Trukikaitis_Postimees, lk 247
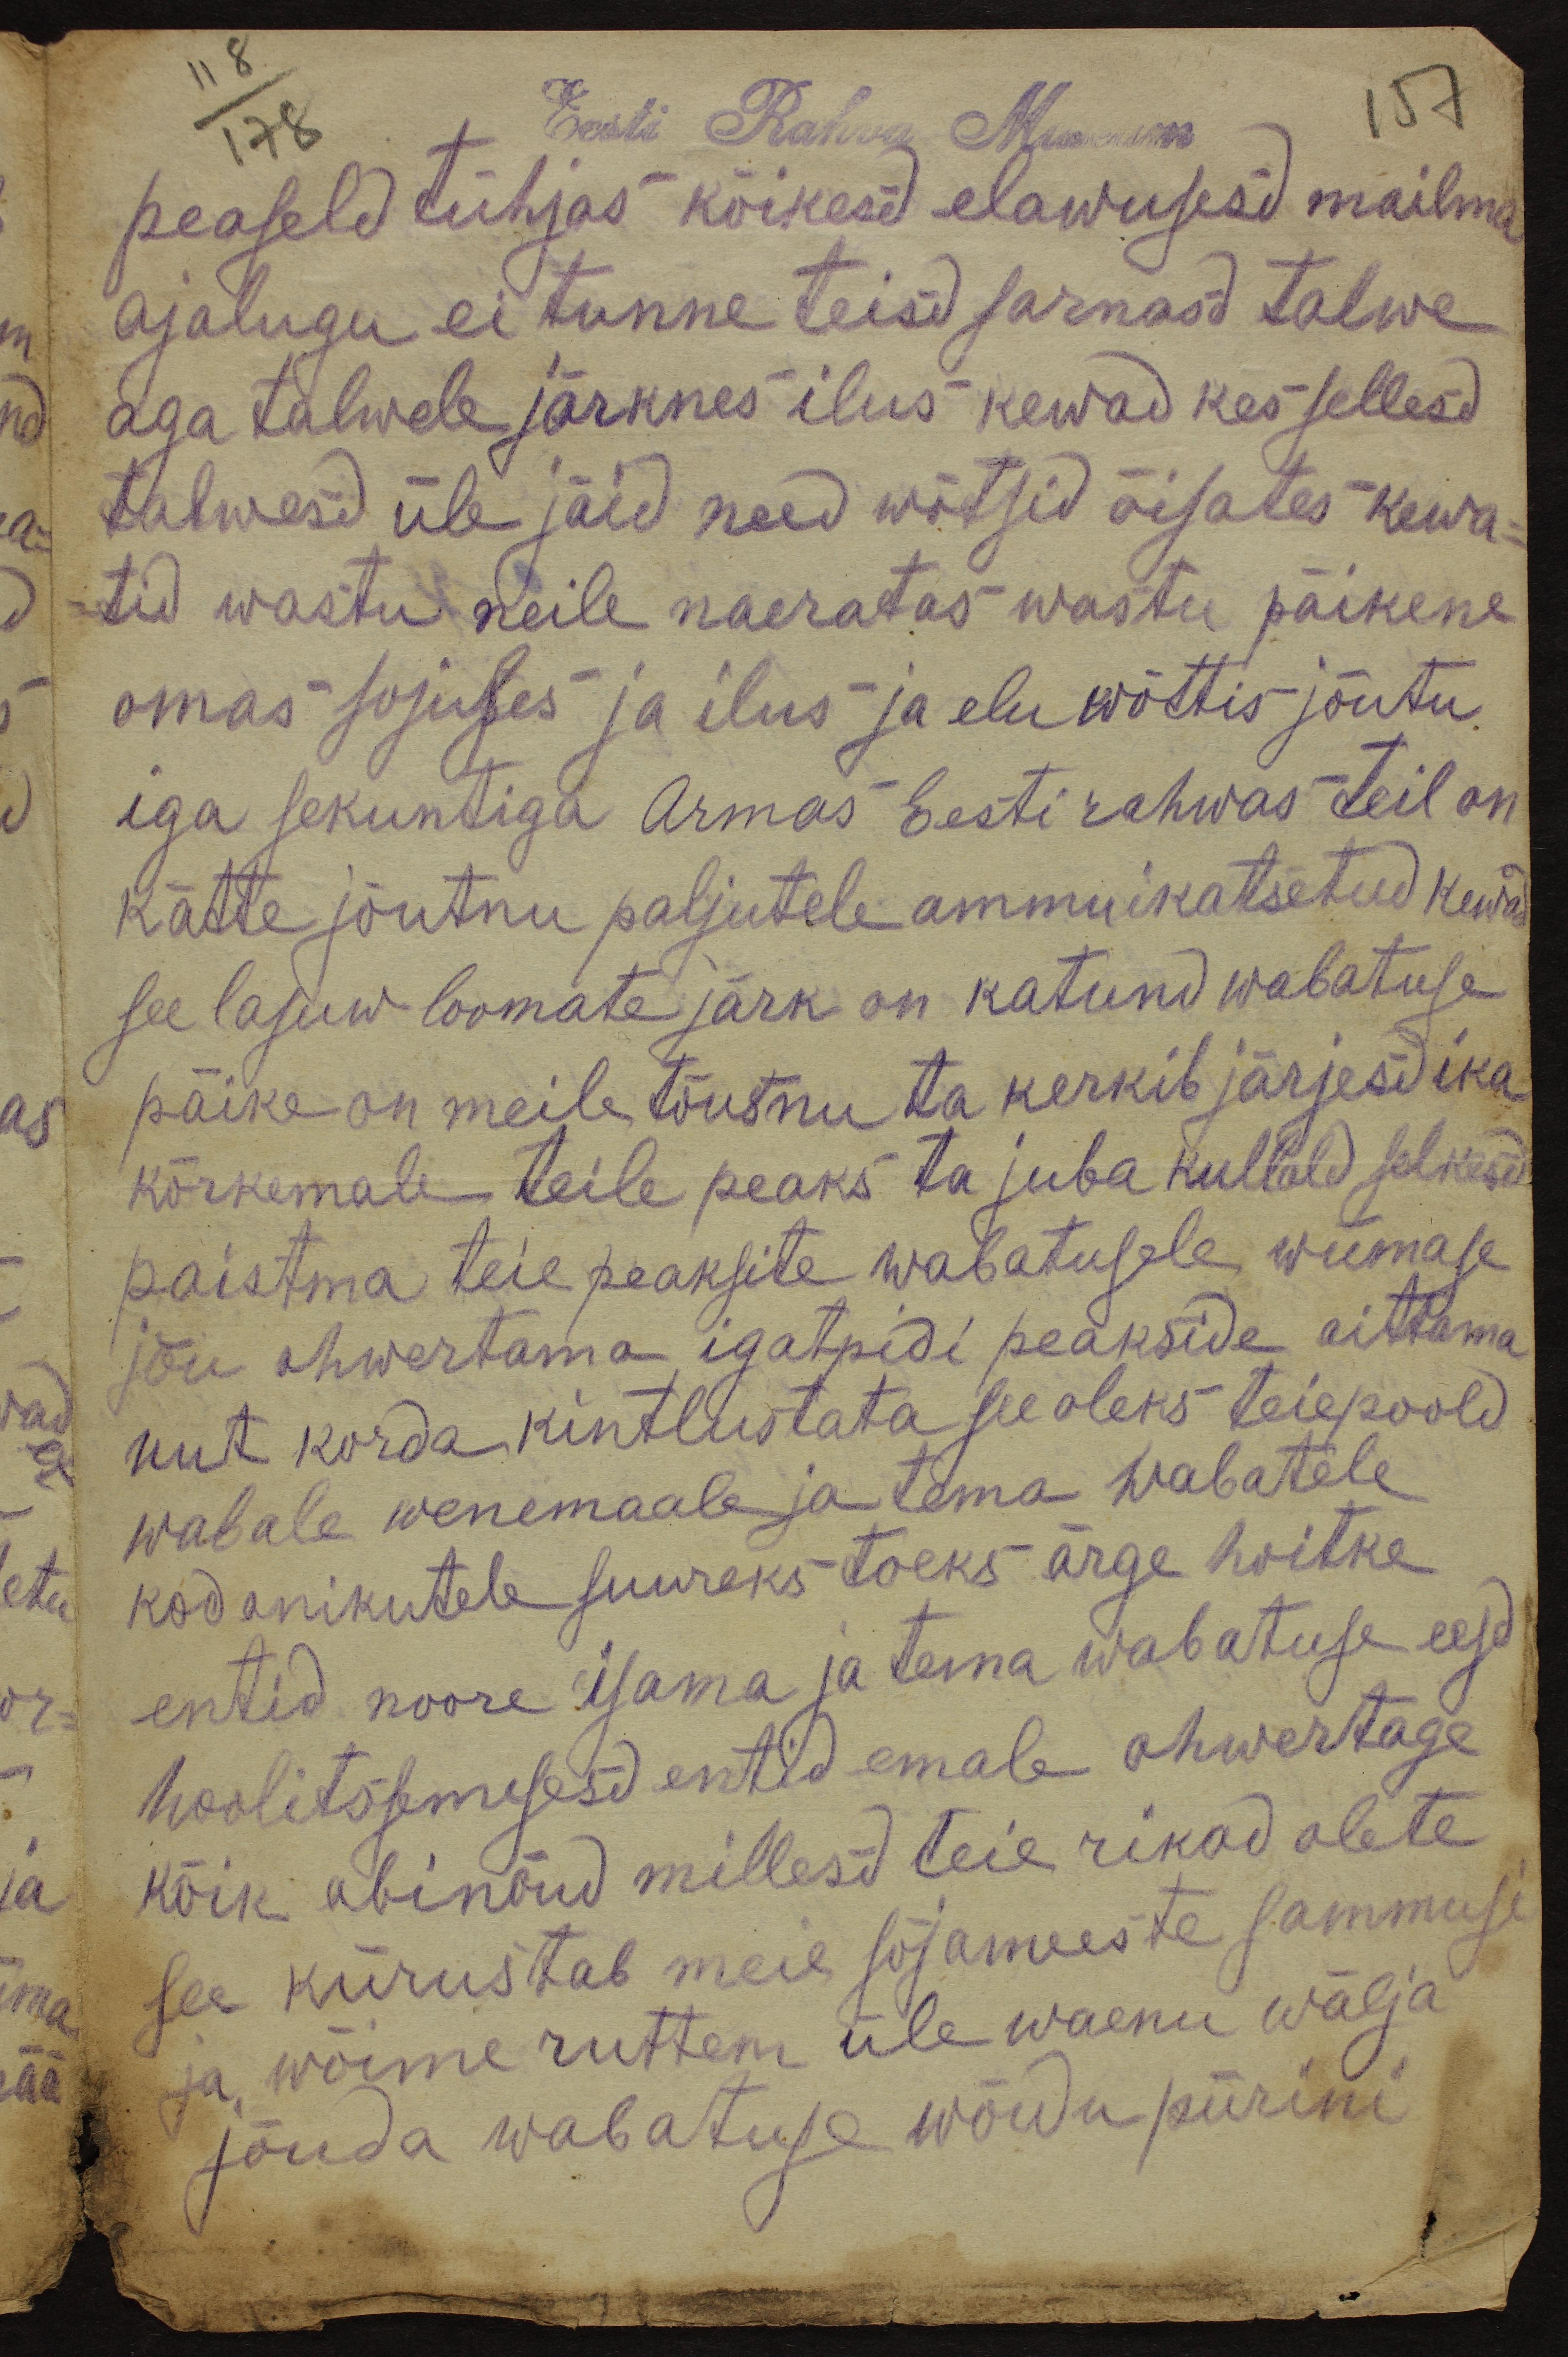
Eesti Rahva Museum
peaseld tühjas kõikesd elawusesd mailma
ajalugu ei tunne teisd sarnasd talwe
aga talwele järknes ilus kewad kes sellesd
talwesd üle jäid need wõtsid õisates kewa-
tid wastu neile naeratas wastu päikene
omas sojuses ja ilus ja elu wõttis jõutu
iga sekuntiga Armas Eesti rahwas teil on
kätte jõutnu paljutele ammuikatsetud kewad
see lasuw loomate järk on katund wabatuse
päike on meile tõusnu ta kerkib järjesd ika
kõrkemale teile peaks ta juba kullald selkesd
paistma teie peaksite wabatusele wiimase
jõu ohwertama igatpidi peakside aittama
uut korda kintlustata see oleks teiepoold
wabale wenemaale ja tema wabatele
kodanikutele suureks toeks ärge hoitke
entid noore isama ja tema wabatuse eest
hoolitssemisesd entid emale ohwertage
kõik abinõud millesd teie rikad olete
see kiirustab meie sõjameeste sammuse
ja wõime ruttem üle waenu wälja
jõuda wabatuse wõidu piirini